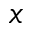
x